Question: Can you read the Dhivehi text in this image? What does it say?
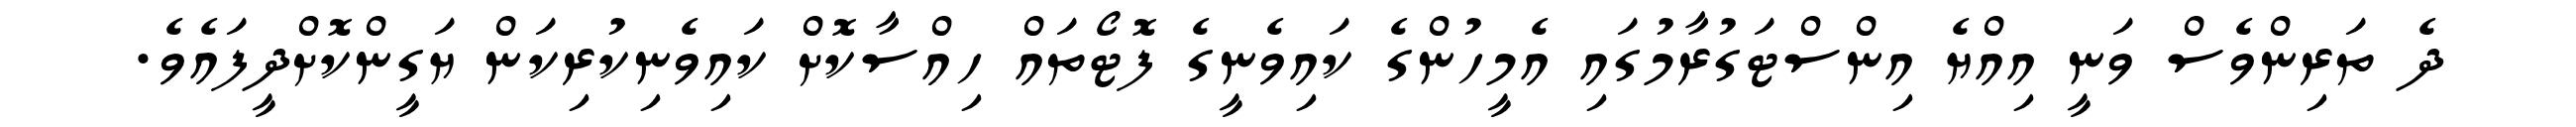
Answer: ދެ ތަރިންވެސް ވަނީ އިއްޔެ އިންސްޓަގުރާމުގައި އެމީހުންގެ ކައިވެނީގެ ފޮޓޯތައް ހިއްސާކޮށް ކައިވެނިކުރިކަން ޔަގީންކޮށްދީފައެވެ.